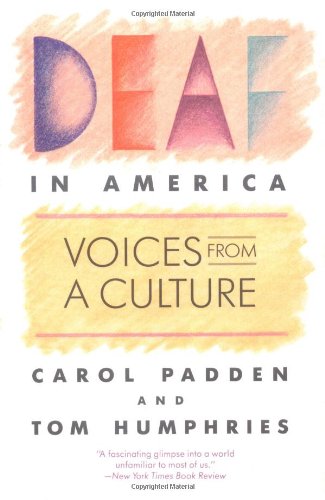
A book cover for Deaf in America: Voices from a Culture; Carol A. Padden; Reference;